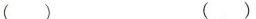
( )( )